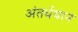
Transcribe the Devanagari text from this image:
अंतर्धयान